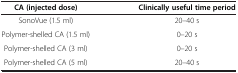
<table><thead><tr><td><b>CA (injected dose)</b></td><td><b>Clinically useful time period</b></td></tr></thead><tbody><tr><td>SonoVue (1.5 ml)</td><td>20–40 s</td></tr><tr><td>Polymer-shelled CA (1.5 ml)</td><td>0–20 s</td></tr><tr><td>Polymer-shelled CA (3 ml)</td><td>0–20 s</td></tr><tr><td>Polymer-shelled CA (5 ml)</td><td>20–40 s</td></tr></tbody></table>